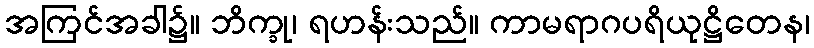
အကြင်အခါ၌။ ဘိက္ခု၊ ရဟန်းသည်။ ကာမရာဂပရိယုဋ္ဌိတေန၊